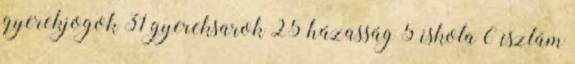
gyerekjogok 31 gyereksarok 25 házasság 5 iskola 6 iszlám